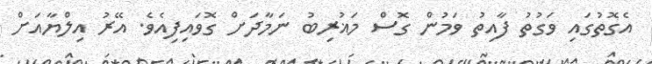
އެގޮތުގައި ވަގުތު ފާއިތު ވަމުން ގޮސް މަޣުރިބު ނަމާދަށް ގޮވައިފިއެވެ. އޭރު އިލްޔާއަށް